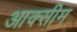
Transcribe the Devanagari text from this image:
आक्सीम